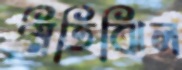
মিতিঝিল